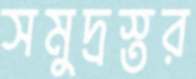
সমুদ্রস্তর